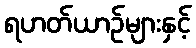
ရဟတ်ယာဉ်များနှင့်